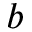
b